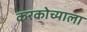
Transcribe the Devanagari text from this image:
करकोच्याला